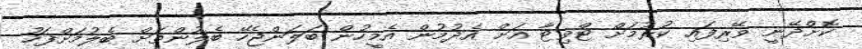
ކޮށްދޭނީ ވޭރިފައި ކުރުމަށް ޓްވިޓާ އަށް އެދުމުން އެމީހުން ބަލަންޖެހޭ ބެލުންތަށް ބެލުމަށްފަހު